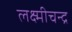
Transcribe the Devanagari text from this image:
लक्ष्मीचन्द्र